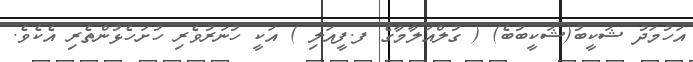
އަހުމަދު ޝަކީބު(ޝަކީބުބެ) ( ގުލްއަލާމާގެ ފ.ފީއަލި ) އަކީ ހުނަރުވެރި ހުށަހެޅުންތެރި އެކެވެ.